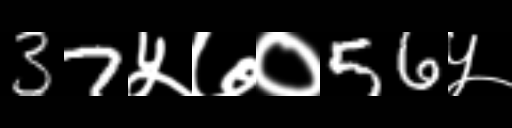
Text: 37५७०56५